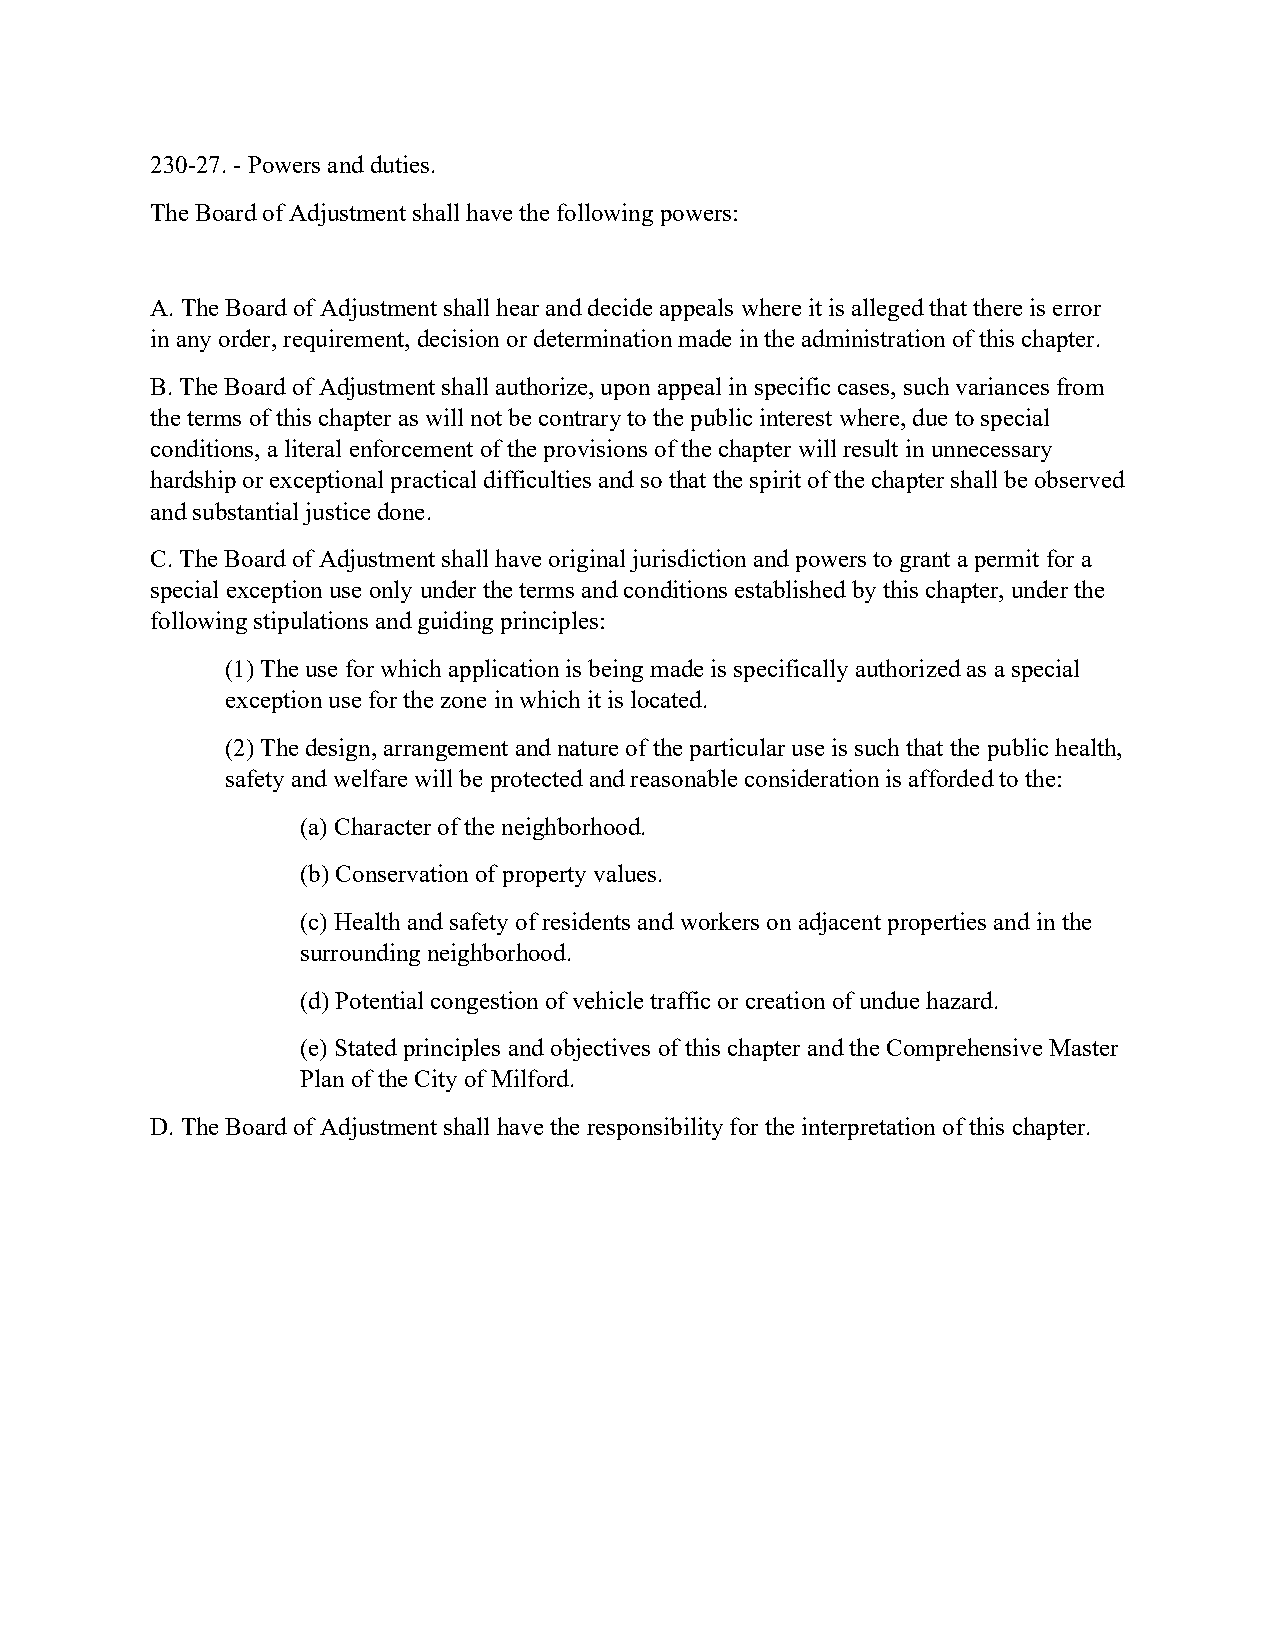
230-27. - Powers and duties.
 The Board of Adjustment shall have the following powers:
 A. The Board of Adjustment shall hear and decide appeals where it is alleged that there is error
 in any order, requirement, decision or determination made in the administration of this chapter.
 B. The Board of Adjustment shall authorize, upon appeal in specific cases, such variances from
 the terms of this chapter as will not be contrary to the public interest where, due to special
 conditions, a literal enforcement of the provisions of the chapter will result in unnecessary
 hardship or exceptional practical difficulties and so that the spirit of the chapter shall be observed
 and substantial justice done.
 C. The Board of Adjustment shall have original jurisdiction and powers to grant a permit for a
 special exception use only under the terms and conditions established by this chapter, under the
 following stipulations and guiding principles:
 (1) The use for which application is being made is specifically authorized as a special
 exception use for the zone in which it is located.
 (2) The design, arrangement and nature of the particular use is such that the public health,
 safety and welfare will be protected and reasonable consideration is afforded to the:
 (a) Character of the neighborhood.
 (b) Conservation of property values.
 (c) Health and safety of residents and workers on adjacent properties and in the
 surrounding neighborhood.
 (d) Potential congestion of vehicle traffic or creation of undue hazard.
 (e) Stated principles and objectives of this chapter and the Comprehensive Master
 Plan of the City of Milford.
 D. The Board of Adjustment shall have the responsibility for the interpretation of this chapter.